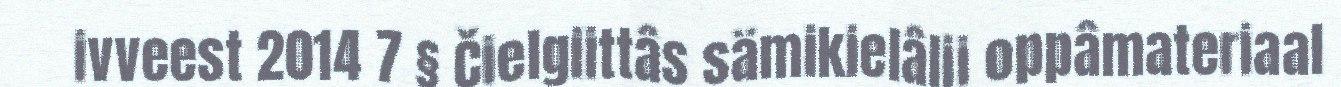
ivveest 2014 7 § Čielgiittâs sämikielâlii oppâmateriaal